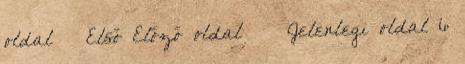
oldal « Első Előző oldal ‹‹ Jelenlegi oldal 6